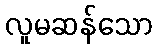
လူမဆန်သော